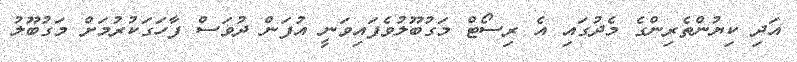
އަދި ކިޔުންތެރިންގެ މެދުގައި އެ ރިސޯޓް މަގުބޫލުވެފައިވަނީ އުފަން ދުވަސް ފާހަގަކުރުމަށް މަގުބޫލު